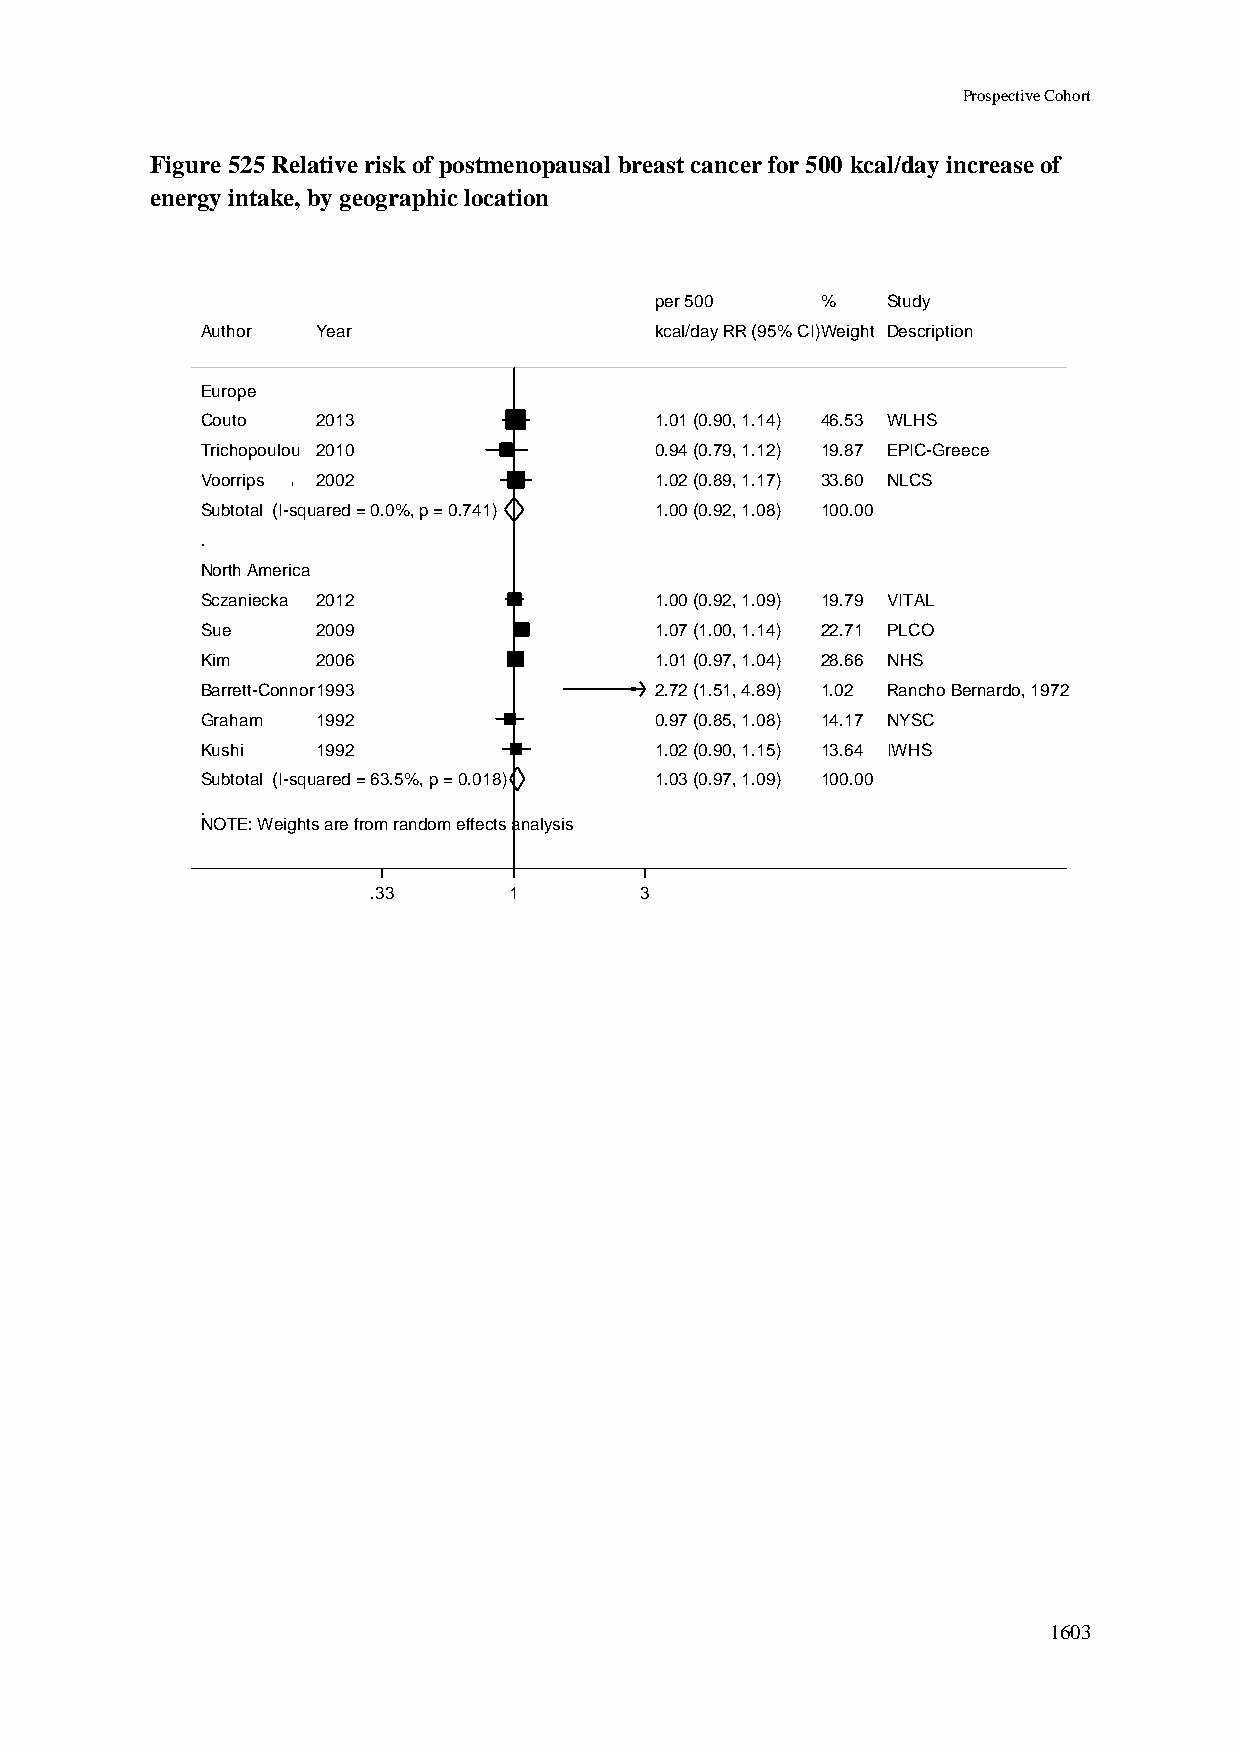
Prospective Cohort
 Figure 525 Relative risk of postmenopausal breast cancer for 500 kcal/day increase of
 energy intake, by geographic location
 ppeerr 550000 %% Study
 Author  Year                  kkccaall//ddaayy RRRR ((9955%% CCII))WWeeiigghhtt Description
 Europe
 Couto   2013                  11..0011 ((00..9900,, 11..1144)) 4466..5533 WLHS
 Trichopoulou 2010             00..9944 ((00..7799,, 11..1122)) 1199..8877 EPIC-Greece
 Voorrips 2002                 11..0022 ((00..8899,, 11..1177)) 3333..6600 NLCS
 Subtotal (I-squared = 0.0%, p = 0.741) 11..0000 ((00..9922,, 11..0088)) 110000..0000
 .
 North America
 Sczaniecka 2012               11..0000 ((00..9922,, 11..0099)) 1199..7799 VITAL
 Sue     2009                  11..0077 ((11..0000,, 11..1144)) 2222..7711 PLCO
 Kim     2006                  11..0011 ((00..9977,, 11..0044)) 2288..6666 NHS
 Barrett-Connor1993            22..7722 ((11..5511,, 44..8899)) 11..0022 Rancho Bernardo, 1972
 Graham  1992                  00..9977 ((00..8855,, 11..0088)) 1144..1177 NYSC
 Kushi   1992                  11..0022 ((00..9900,, 11..1155)) 1133..6644 IWHS
 Subtotal (I-squared = 63.5%, p = 0.018) 11..0033 ((00..9977,, 11..0099)) 110000..0000
 .
 NOTE: Weights are from random effects analysis
 .33       11      3
 1603